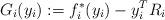
LaTeX: \begin{align*}G_{i}(y_{i}):=f^{*}_{i}(y_{i})- y_{i}^{T} R_{i}\end{align*}